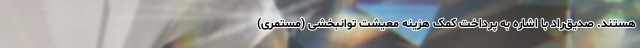
هستند. صدیق‌راد با اشاره به پرداخت کمک هزینه معیشت توانبخشی (مستمری)